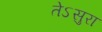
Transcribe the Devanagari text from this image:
तेऽसुरा